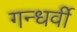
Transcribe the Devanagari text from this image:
गन्धर्वी